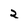
Character: 2